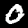
Digit: 0